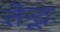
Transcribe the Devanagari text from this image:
तेन्दू